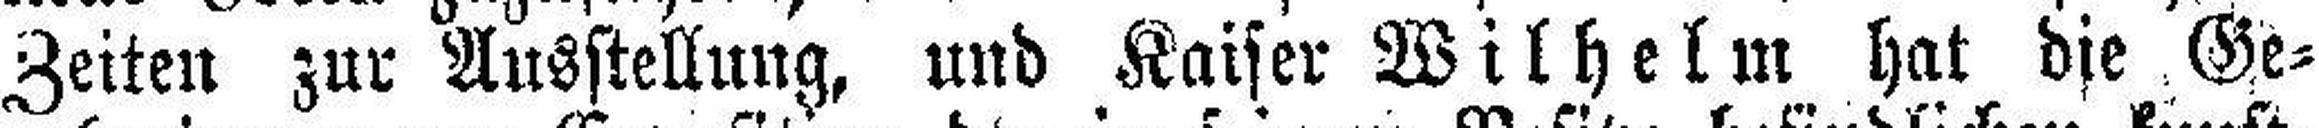
Zeiten zur Ausstellung, und Kaiser Wilhelm hat die Ge¬